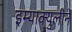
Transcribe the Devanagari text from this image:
इम्‍याक्‍युलीने